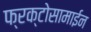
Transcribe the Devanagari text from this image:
फ्रक्टोसामाईन